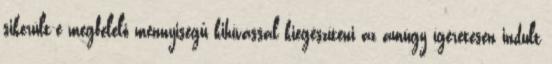
sikerült-e megfelelő mennyiségű kihívással kiegészíteni az amúgy ígéretesen indult